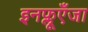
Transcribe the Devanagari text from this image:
इनफ्लूएँजा